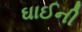
ઘાઈની